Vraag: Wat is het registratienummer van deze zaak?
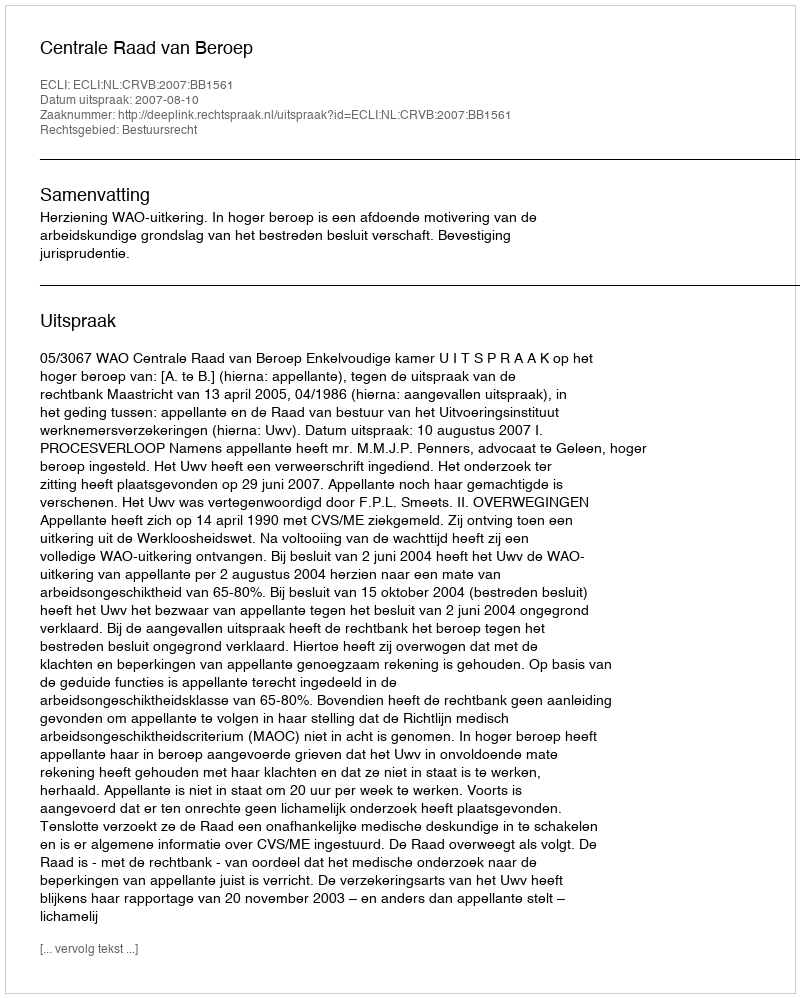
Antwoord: http://deeplink.rechtspraak.nl/uitspraak?id=ECLI:NL:CRVB:2007:BB1561